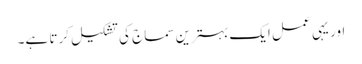
اور یہی عمل ایک بہترین سماج کی تشکیل کرتا ہے۔